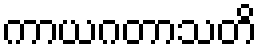
ကာယဂတာသတိ